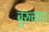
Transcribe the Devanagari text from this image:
बुरुचागा